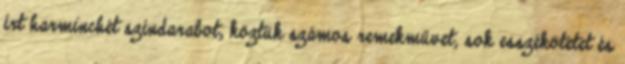
írt harminchét színdarabot, köztük számos remekművet; sok esszékötetet és